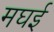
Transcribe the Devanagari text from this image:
मघई